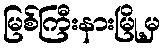
မြစ်ကြီးနားမြို့မှ